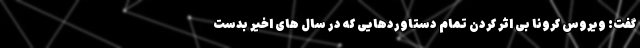
گفت: ویروس کرونا بی اثر کردن تمام دستاوردهایی که در سال های اخیر بدست